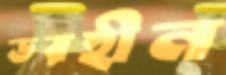
ডরহীন